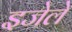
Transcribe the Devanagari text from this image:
इजेले